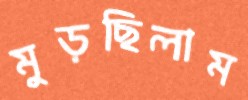
মুড়ছিলাম